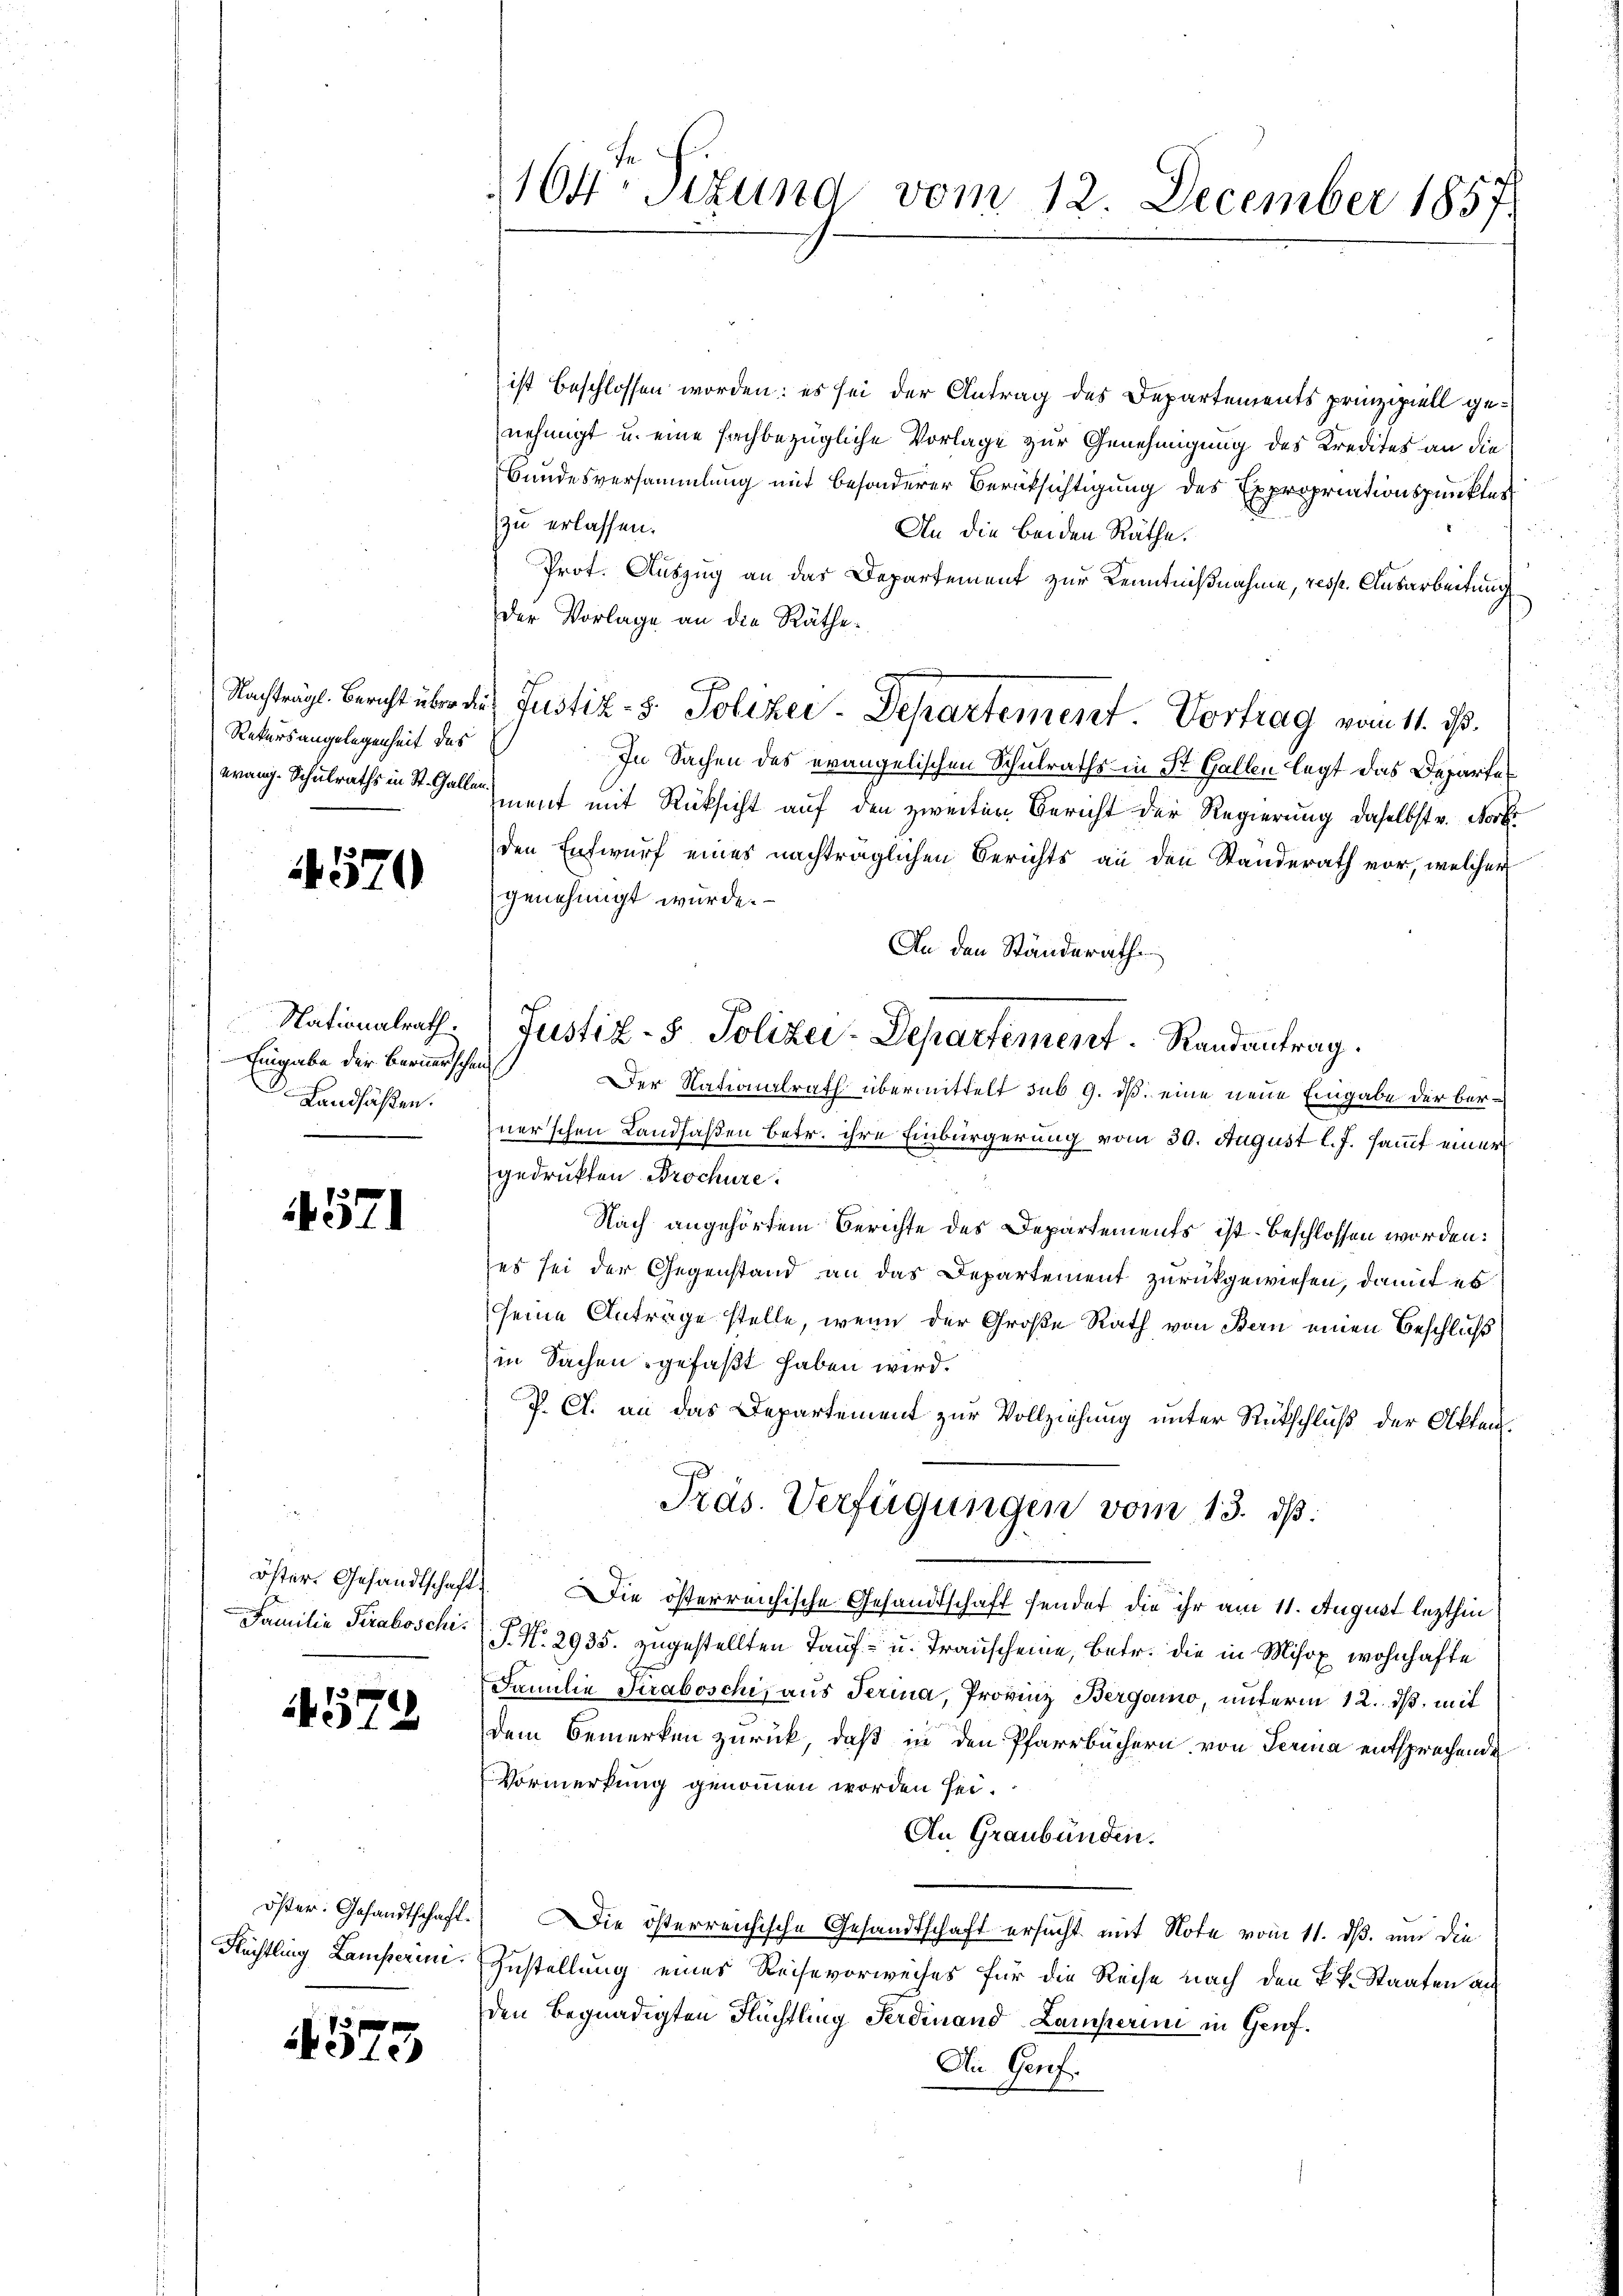
Rekursangelegenheit des

4570

Nationalrath.
Eingabe der Bernerschen
Landsaßen.
e

4571

Familie Piraboschis

574

öster: Gesandtschaft.
Rüchtling Lamperini.

4573

ist beschlossen worden: es sei der Antrag des Departements prinzipiell genehmigt u. eine sachbezügliche Vorlage zur Genehmigung des Kredites an die
Bundesversammlung mit besonderer Berüksichtigung des Expropriationspunkter
zu erlassen.
An die beiden Räthe.
Prot. Auszug an das Departement zur Kenntnißnahme, resp. Ausarbeitung
der Vorlage an die Räthe
Nachträgl. Bericht über die Justiz- & Polizei-Departement. Vortrag vom 11. ds.
In Sachen des evangelischen Schulraths in St. Gallen legt das Departeerang. Schulraths in St. Galle mit mit Rücksicht auf den zweiten Bericht der Regierung daselbst v. Nocke
den Entwurf eines nachträglichen Berichts an den Standerath vor, welcher
genehmigt wurde.
An den Ständerath
Justiz- 5. Polizei-Departement. Randantrag.
Der Nationalrath übermittelt sub 9. daß eine neue Eingabe der berner’schen Landfaßen betr. ihre Einbürgerung vom 30. August l. J. sammt einer
gedrukten Brochüre
Nach angehörtem Berichte des Departements ist beschlossen worden:
es sei der Gegenstand an das Departement zurückgewiesen, damit es
seine Anträge stelle, wenn der Große Rath von Bern einen Beschluß
in Sachen gefaßt haben wird.
P. C. an das Departement zur Vollziehung unter Rückschluß der Akten
Pras. Verfügungen vom 13. ds.
öster. Gesandtschaft. Die österreichische Gesandtschaft sendet die ihr am 11. August lezthin
T. N. 2935. zugestellten Tauf- u. Transcheine, Betr. die in Misox wohnhafte
Familie Straboschi, aus Perina, Provinz Bergano, unterm 12. ds. mit
dem Bemerken zurück, daß in den Pfarrbüchern von Perina entsprechende
Vormerkung genommen worden sei.
An Graubünden.
ie österreichische Gesandtschaft ersucht mit Note vom 11. ds. und die
Zustellung eines Reise vorweises für die Reise nach den k.k. Staaten an
den Begnadigten Flüchtling Ferdinand Lamperin in Genf.
Die Genf.

1164 Stund vom 12. December 1857